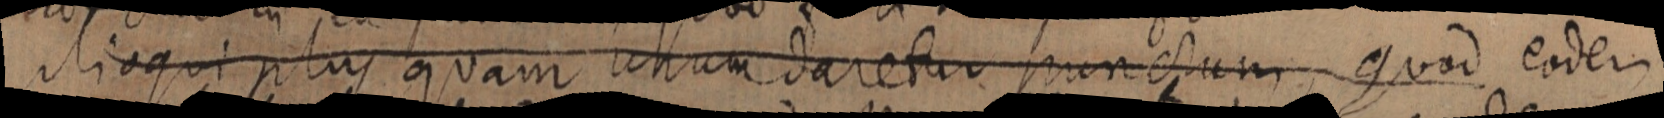
alioqui plus quam unum daretur punctum quod eodem